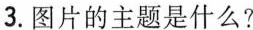
3.图片的主题是什么?